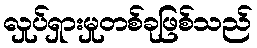
လှုပ်ရှားမှုတစ်ခုဖြစ်သည်